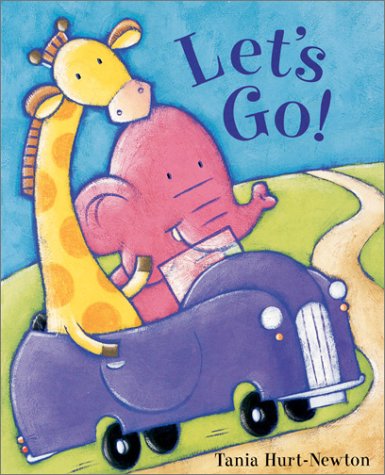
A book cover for Let's Go! (Storyboards); Tania Hurt-Newton; Travel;